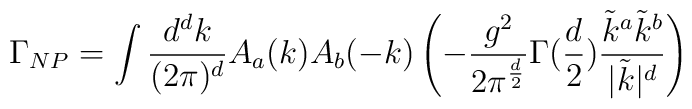
\Gamma_{NP} = \int {d^d k \over (2 \pi)^d} A_a(k) A_b(-k) \left( - {g^2\over 2 \pi^{d \over 2} } \Gamma({d \over 2}) {\tilde{k}^a\tilde{k}^b \over |\tilde{k}|^d} \right)